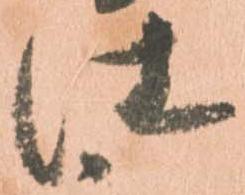
仕